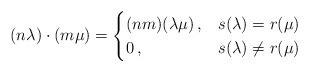
LaTeX: \begin{align*}(n \lambda) \cdot (m \mu) = \begin{cases}(n m) (\lambda \mu) \, , & s(\lambda) = r(\mu) \\0 \, , & s(\lambda) \not= r(\mu)\end{cases}\end{align*}